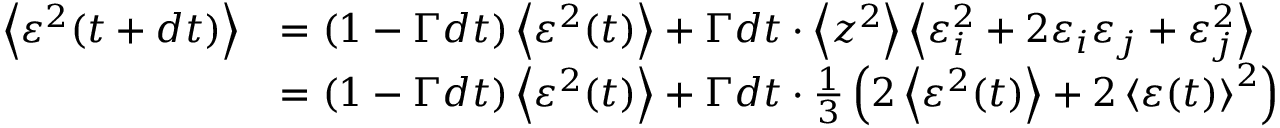
{ \begin{array} { r l } { \left\langle \varepsilon ^ { 2 } ( t + d t ) \right\rangle } & { = \left( 1 - \Gamma d t \right) \left\langle \varepsilon ^ { 2 } ( t ) \right\rangle + \Gamma d t \cdot \left\langle z ^ { 2 } \right\rangle \left\langle \varepsilon _ { i } ^ { 2 } + 2 \varepsilon _ { i } \varepsilon _ { j } + \varepsilon _ { j } ^ { 2 } \right\rangle } \\ & { = \left( 1 - \Gamma d t \right) \left\langle \varepsilon ^ { 2 } ( t ) \right\rangle + \Gamma d t \cdot { \frac { 1 } { 3 } } \left( 2 \left\langle \varepsilon ^ { 2 } ( t ) \right\rangle + 2 \left\langle \varepsilon ( t ) \right\rangle ^ { 2 } \right) } \end{array} }